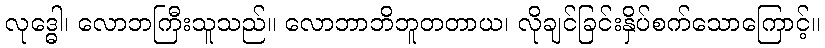
လုဒ္ဓေါ၊ လောဘကြီးသူသည်။ လောဘာဘိဘူတတာယ၊ လိုချင်ခြင်းနှိပ်စက်သောကြောင့်။